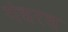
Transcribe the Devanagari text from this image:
गंधरस